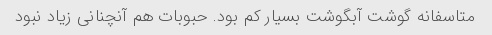
متاسفانه گوشت آبگوشت بسیار کم بود. حبوبات هم آنچنانی زیاد نبود